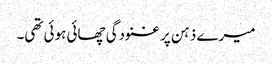
میرے ذہن پر غنودگی چھائی ہوئی تھی۔